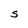
Character: S